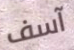
آسف